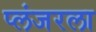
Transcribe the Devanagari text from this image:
प्लंजरला